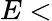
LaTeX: E<